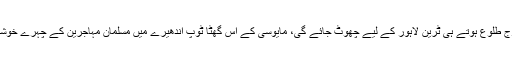
بلآخر ایک شام سرکار کی جانب سے اعلان کیا گیا کہ اگلے روز سورج طلوع ہوتے ہی ٹرین لاہور کے لیے چھوٹ جائے گی، مایوسی کے اس گھٹا ٹوپ اندھیرے میں مسلمان مہاجرین کے چہرے خوشی سے جگمگا اٹھے اور تمام لوگوں میں زندگی کی نئی رمق عود آئی۔